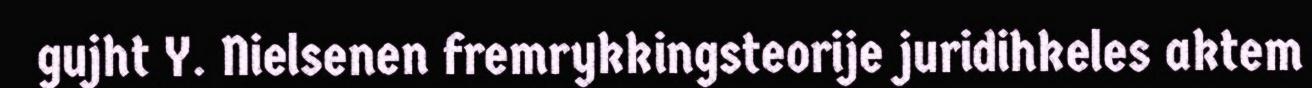
gujht Y. Nielsenen fremrykkingsteorije juridihkeles aktem